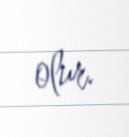
olur.